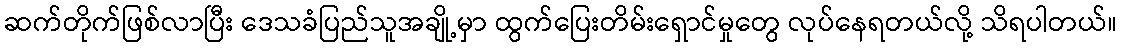
ဆက်တိုက်ဖြစ်လာပြီး ဒေသခံပြည်သူအချို့မှာ ထွက်ပြေးတိမ်းရှောင်မှုတွေ လုပ်နေရတယ်လို့ သိရပါတယ်။